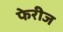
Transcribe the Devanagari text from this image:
फेरीज